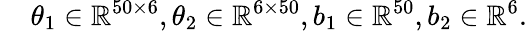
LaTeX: \mathrm{~\, ~\, ~}\theta_{1}\in\mathbb{R}^{50\times 6},\theta_{2}\in\mathbb{R}^{6\times 50},b_{1}\in\mathbb{R}^{50},b_{2}\in\mathbb{R}^{6}.